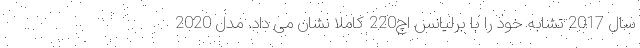
سال 2017 تشابه خود را با برلیانس اچ220 کاملا نشان می داد. مدل 2020